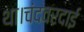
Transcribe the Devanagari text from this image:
था।चंदवरदाई